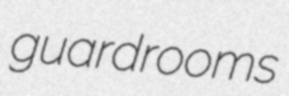
guardrooms